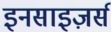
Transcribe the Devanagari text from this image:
इनसाइज़र्स